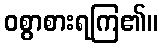
ဝစွာစားရကြ၏။